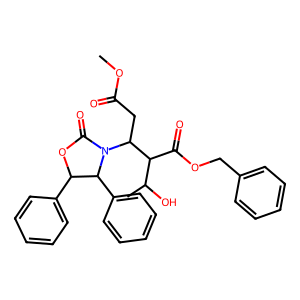
SMILES: COC(=O)CC(C(C(=O)OCc1ccccc1)C(C)O)N1C(=O)OC(c2ccccc2)C1c1ccccc1
Inhibits HIV replication: No